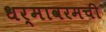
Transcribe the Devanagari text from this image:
धर्मावरमची